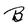
Character: B